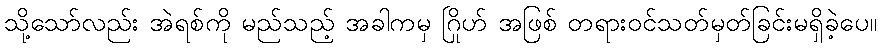
သို့သော်လည်း အဲရစ်ကို မည်သည့် အခါကမှ ဂြိုဟ် အဖြစ် တရားဝင်သတ်မှတ်ခြင်းမရှိခဲ့ပေ။